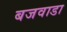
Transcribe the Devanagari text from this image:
बजवाडा